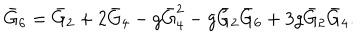
\bar { G } _ { 6 } = \bar { G } _ { 2 } + 2 \bar { G } _ { 4 } - g \bar { G } _ { 4 } ^ { 2 } - g \bar { G } _ { 2 } \bar { G } _ { 6 } + 3 g \bar { G } _ { 2 } \bar { G } _ { 4 } .